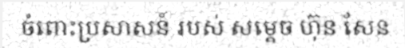
ចំពោះប្រសាសន៍ របស់ សម្តេច ហ៊ុន សែន